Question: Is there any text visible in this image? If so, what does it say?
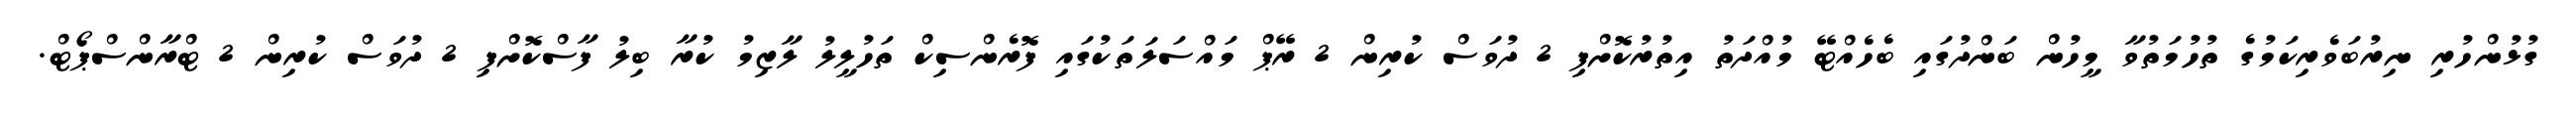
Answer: ގުޅުންހުރި ނިރުބަވެރިކަމުގެ ތުހުމަތުވާ މީހުން ބަންދުގައި ބެހެއްޓޭ މުއްދަތު އިތުރުކޮށްފި 2 ދުވަސް ކުރިން 2 ރޭޕް މައްސަލަތަކުގައި ފޮރެންސިކް ތަހުލީލު ލާޒިމު ކުރާ ބިލު ފާސްކޮށްފި 2 ދުވަސް ކުރިން 2 ޓްރާންސްޕޯޓް.